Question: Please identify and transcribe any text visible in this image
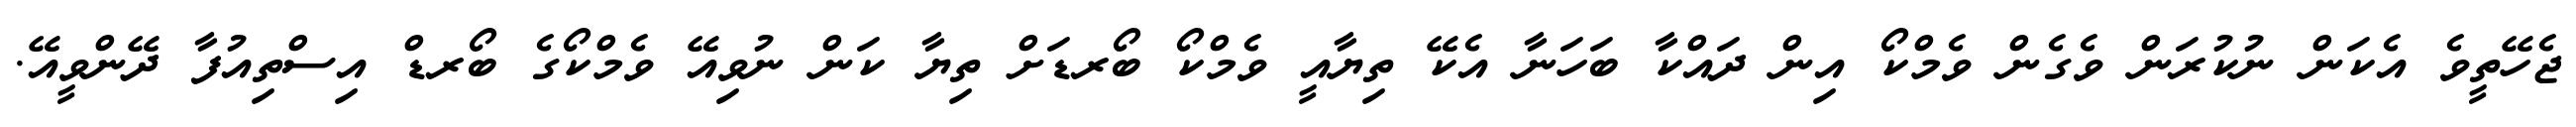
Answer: ޖެހޭތީވެ އެކަން ނުކުރަން ވެގެން ވެމްކޯ އިން ދައްކާ ބަހަނާ އެކޭ ތިޔާއީ ވެމްކޯ ބޯރޑަށް ތިޔާ ކަން ނުވިއޭ ވެމްކޯގެ ބޯރޑް އިސްތިއުފާ ދޭންވީއޭ.